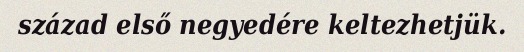
század első negyedére keltezhetjük.